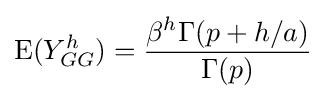
\operatorname {E} (Y_{GG}^{h})={\frac {\beta ^{h}\Gamma (p+h/a)}{\Gamma (p)}}